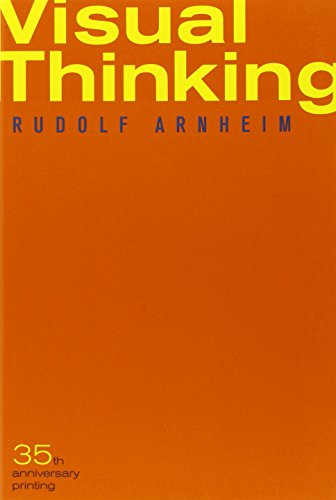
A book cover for Visual Thinking; Rudolf Arnheim; Politics & Social Sciences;